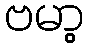
ဗမာ့